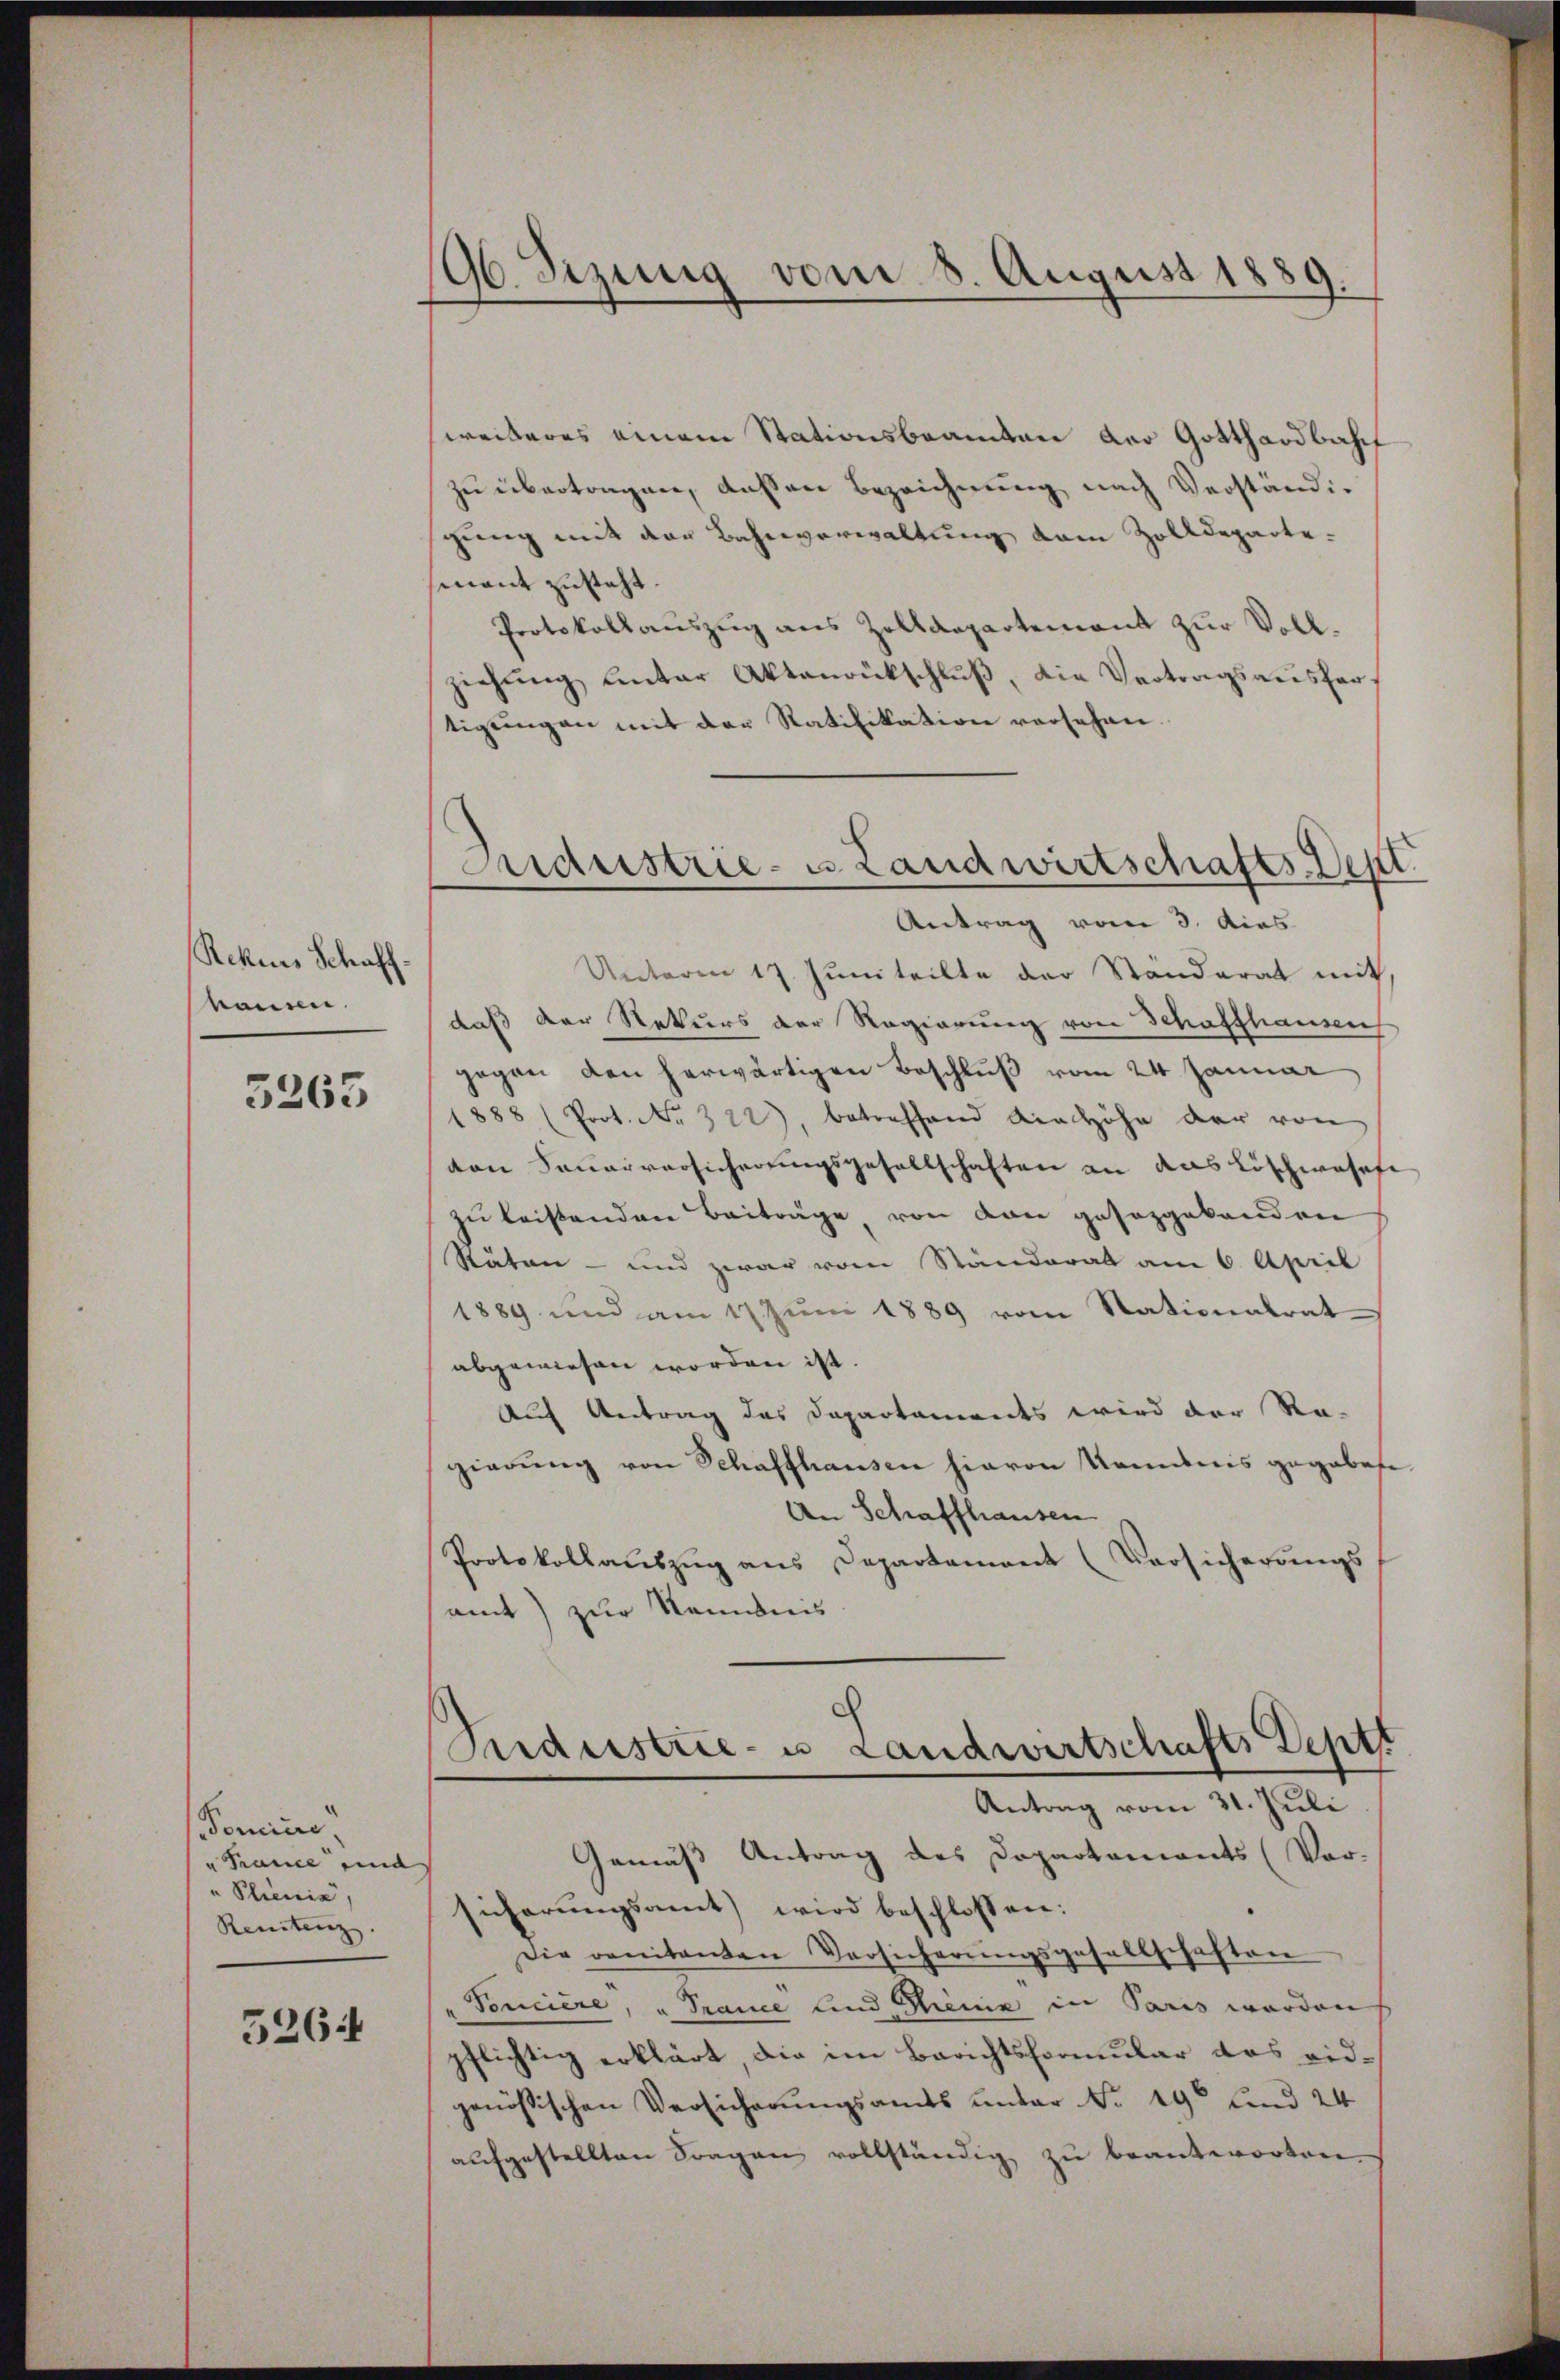
Rekurs Schaffkönne.

3265

omini
u France und
" Schienia,
Renitenz.

5264

96. Sizung vom 8. August 1889.

weiteres einem Stationsbeamten der Gotthardbah
zu übertragen, deßen Bezeichnung nach Verständigung mit der Bahnverwaltung vom Zolldeparte:
mnant zusteht.
Protokollauszug aus Zolldepartement zur Vollziehŭng unter Aktenrückschlŭβ, die Vertragsausfertigŭngen mit der Ratifikation versehen.
Unterm 17. Jŭni teilte der Ständerat mit
daß der Rekurs der Regierung von Schaffhausen
gegen den herwärtigen Beschluß vom 24. Januar
1888 (Prot. No. 322), betreffend die höhe der von
von Sauerversicherungsgesellschaften an das Löschwasse
zu leistenden Beiträge von von gesezgebenden
Stäten - und zwar vom Standerat am 6. April
1889 und am 17. Juni 1889 vom Stationalrat
abgewiesen worden ist.
Auf Antrag des Departaments wird der Ra-
gierung von Schaffhausen hievon Kenntnis gegebete
An Schaffhausen
Protokollaŭszŭg ans Departement (Versicherungs
amt) zur Kenntnis
Pardustrie- u Landwirtschafts Deptt
Antrag vom 31. Juli
Gemäß Antrag des Dopartaments (Vor-
sicherŭngsamt wird beschlossen:
Die venitanten Versicherungsgesellschaften
Poncière, u Trance und Thienis in Paris worden
pflichtig erklärt, die im Berichtsformular das eidgenössischen Versicherungsamts unter No. 19 und 24
aufgestellten Fragen vollständig zu beantworten

Industrie- u Landwirtschafts-Depl
Antrag vom 3. dies